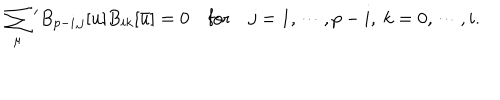
LaTeX: \sum _ { \mu } { } ^ { \prime } B _ { p - i , j } [ u ] B _ { i k } [ \bar { u } ] = 0 \quad \mathrm { f o r } \quad j = 1 , \cdots , p - i , \ k = 0 , \cdots , i .